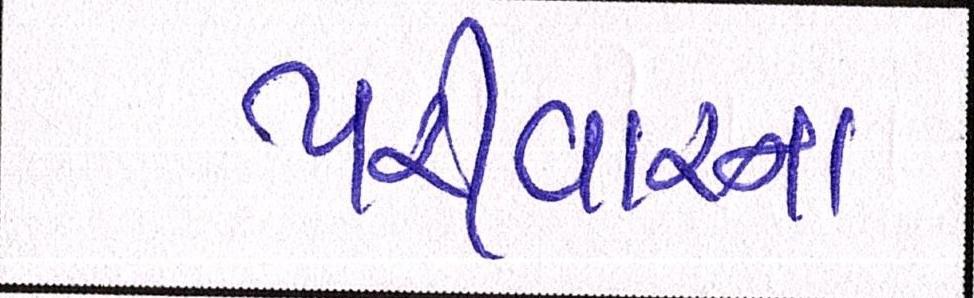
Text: પરીવારના